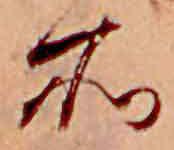
所